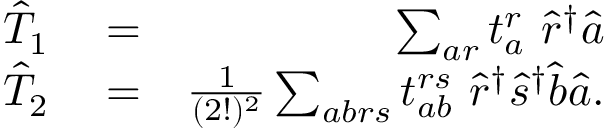
\begin{array} { r l r } { \hat { T } _ { 1 } } & { { } = } & { \sum _ { a r } t _ { a } ^ { r } ~ \hat { r } ^ { \dagger } \hat { a } } \\ { \hat { T } _ { 2 } } & { { } = } & { \frac { 1 } { ( 2 ! ) ^ { 2 } } \sum _ { a b r s } t _ { a b } ^ { r s } ~ \hat { r } ^ { \dagger } \hat { s } ^ { \dagger } \hat { b } \hat { a } . } \end{array}